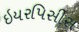
ઇયરપિસીસ